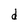
Character: d